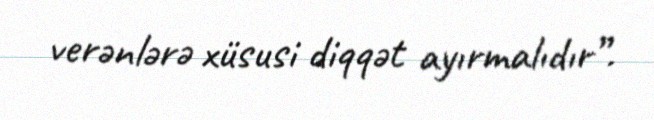
verənlərə xüsusi diqqət ayırmalıdır”.